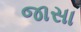
જાસા